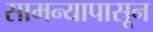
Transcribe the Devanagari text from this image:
सामन्यापासून